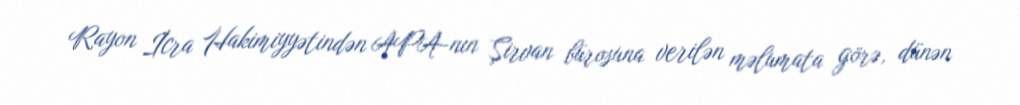
Rayon İcra Hakimiyyətindən APA-nın Şirvan bürosuna verilən məlumata görə, dünən